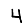
Digit: 4